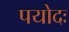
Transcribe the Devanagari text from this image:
पयोदः